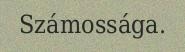
Számossága.